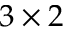
3 \times 2